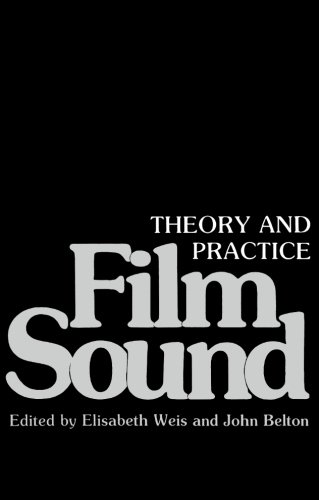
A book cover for Film Sound: Theory and Practice; Humor & Entertainment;